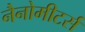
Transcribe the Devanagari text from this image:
नैनोमीटर्स